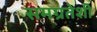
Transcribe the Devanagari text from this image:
समग्रतेशी